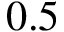
0 . 5